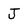
Character: J